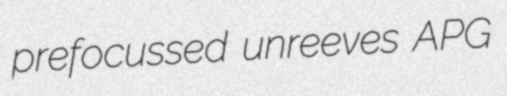
prefocussed unreeves APG